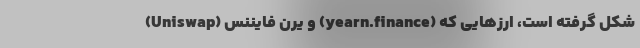
(Uniswap) و یرن فایننس (yearn.finance) شکل گرفته است، ارز‌هایی که